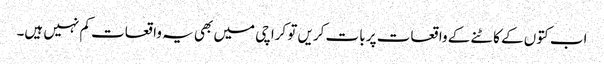
اب کتوں کے کاٹنے کے واقعات پر بات کریں تو کراچی میں بھی یہ واقعات کم نہیں ہیں۔